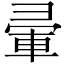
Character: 𭛒